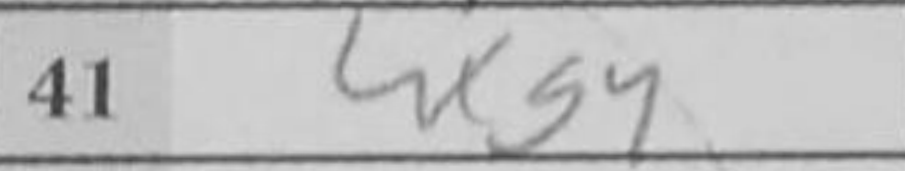
Transcription: hxg4